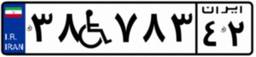
۵۷W۲۲۲۸۱